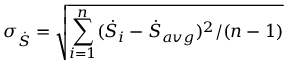
\sigma _ { \dot { S } } = \sqrt { \sum _ { i = 1 } ^ { n } ( \dot { S } _ { i } - \dot { S } _ { a v g } ) ^ { 2 } / ( n - 1 ) }